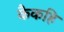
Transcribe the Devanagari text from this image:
कैकहि